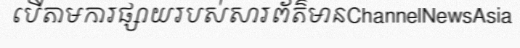
បើតាមការផ្សាយរបស់សារព័ត៌មានChannelNewsAsia